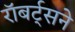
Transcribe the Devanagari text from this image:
रॉबर्ट्सने